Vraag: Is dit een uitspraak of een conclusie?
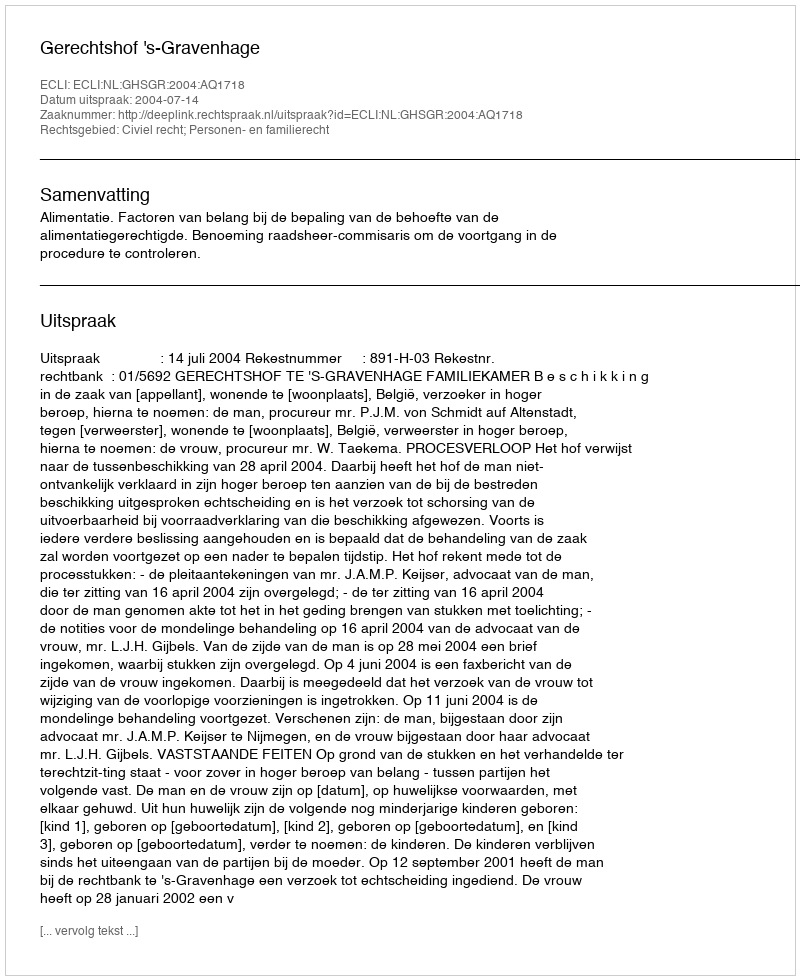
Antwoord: Uitspraak